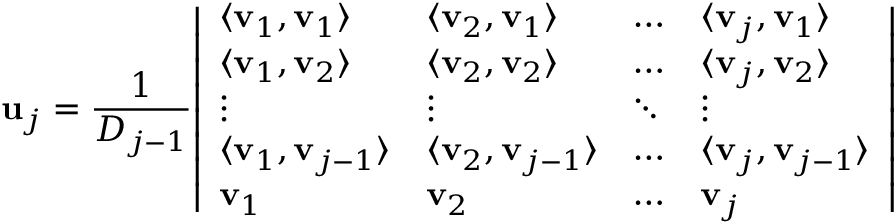
\mathbf { u } _ { j } = { \frac { 1 } { D _ { j - 1 } } } { \left| \begin{array} { l l l l } { \langle \mathbf { v } _ { 1 } , \mathbf { v } _ { 1 } \rangle } & { \langle \mathbf { v } _ { 2 } , \mathbf { v } _ { 1 } \rangle } & { \dots } & { \langle \mathbf { v } _ { j } , \mathbf { v } _ { 1 } \rangle } \\ { \langle \mathbf { v } _ { 1 } , \mathbf { v } _ { 2 } \rangle } & { \langle \mathbf { v } _ { 2 } , \mathbf { v } _ { 2 } \rangle } & { \dots } & { \langle \mathbf { v } _ { j } , \mathbf { v } _ { 2 } \rangle } \\ { \vdots } & { \vdots } & { \ddots } & { \vdots } \\ { \langle \mathbf { v } _ { 1 } , \mathbf { v } _ { j - 1 } \rangle } & { \langle \mathbf { v } _ { 2 } , \mathbf { v } _ { j - 1 } \rangle } & { \dots } & { \langle \mathbf { v } _ { j } , \mathbf { v } _ { j - 1 } \rangle } \\ { \mathbf { v } _ { 1 } } & { \mathbf { v } _ { 2 } } & { \dots } & { \mathbf { v } _ { j } } \end{array} \right| }